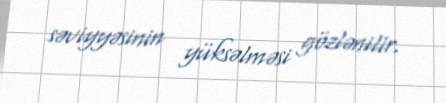
səviyyəsinin yüksəlməsi gözlənilir.